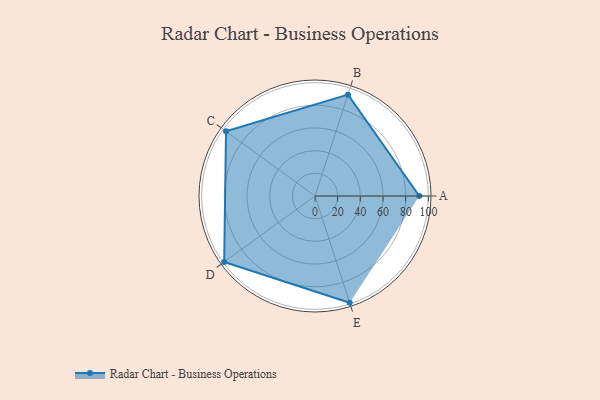
{"axis": {"x": "Skill", "y": "Score"}, "legend": ["Profile"], "data": [{"x": "A", "y": 92.0, "type": "Profile"}, {"x": "B", "y": 94.0, "type": "Profile"}, {"x": "C", "y": 97.0, "type": "Profile"}, {"x": "D", "y": 99, "type": "Profile"}, {"x": "E", "y": 99, "type": "Profile"}]}